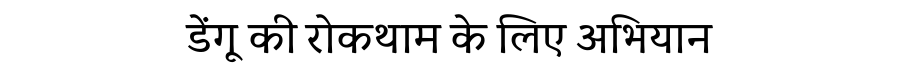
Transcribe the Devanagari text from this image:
डेंगू की रोकथाम के लिए अभियान